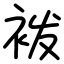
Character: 袯